Trukikaitis_Postimees, lk 14
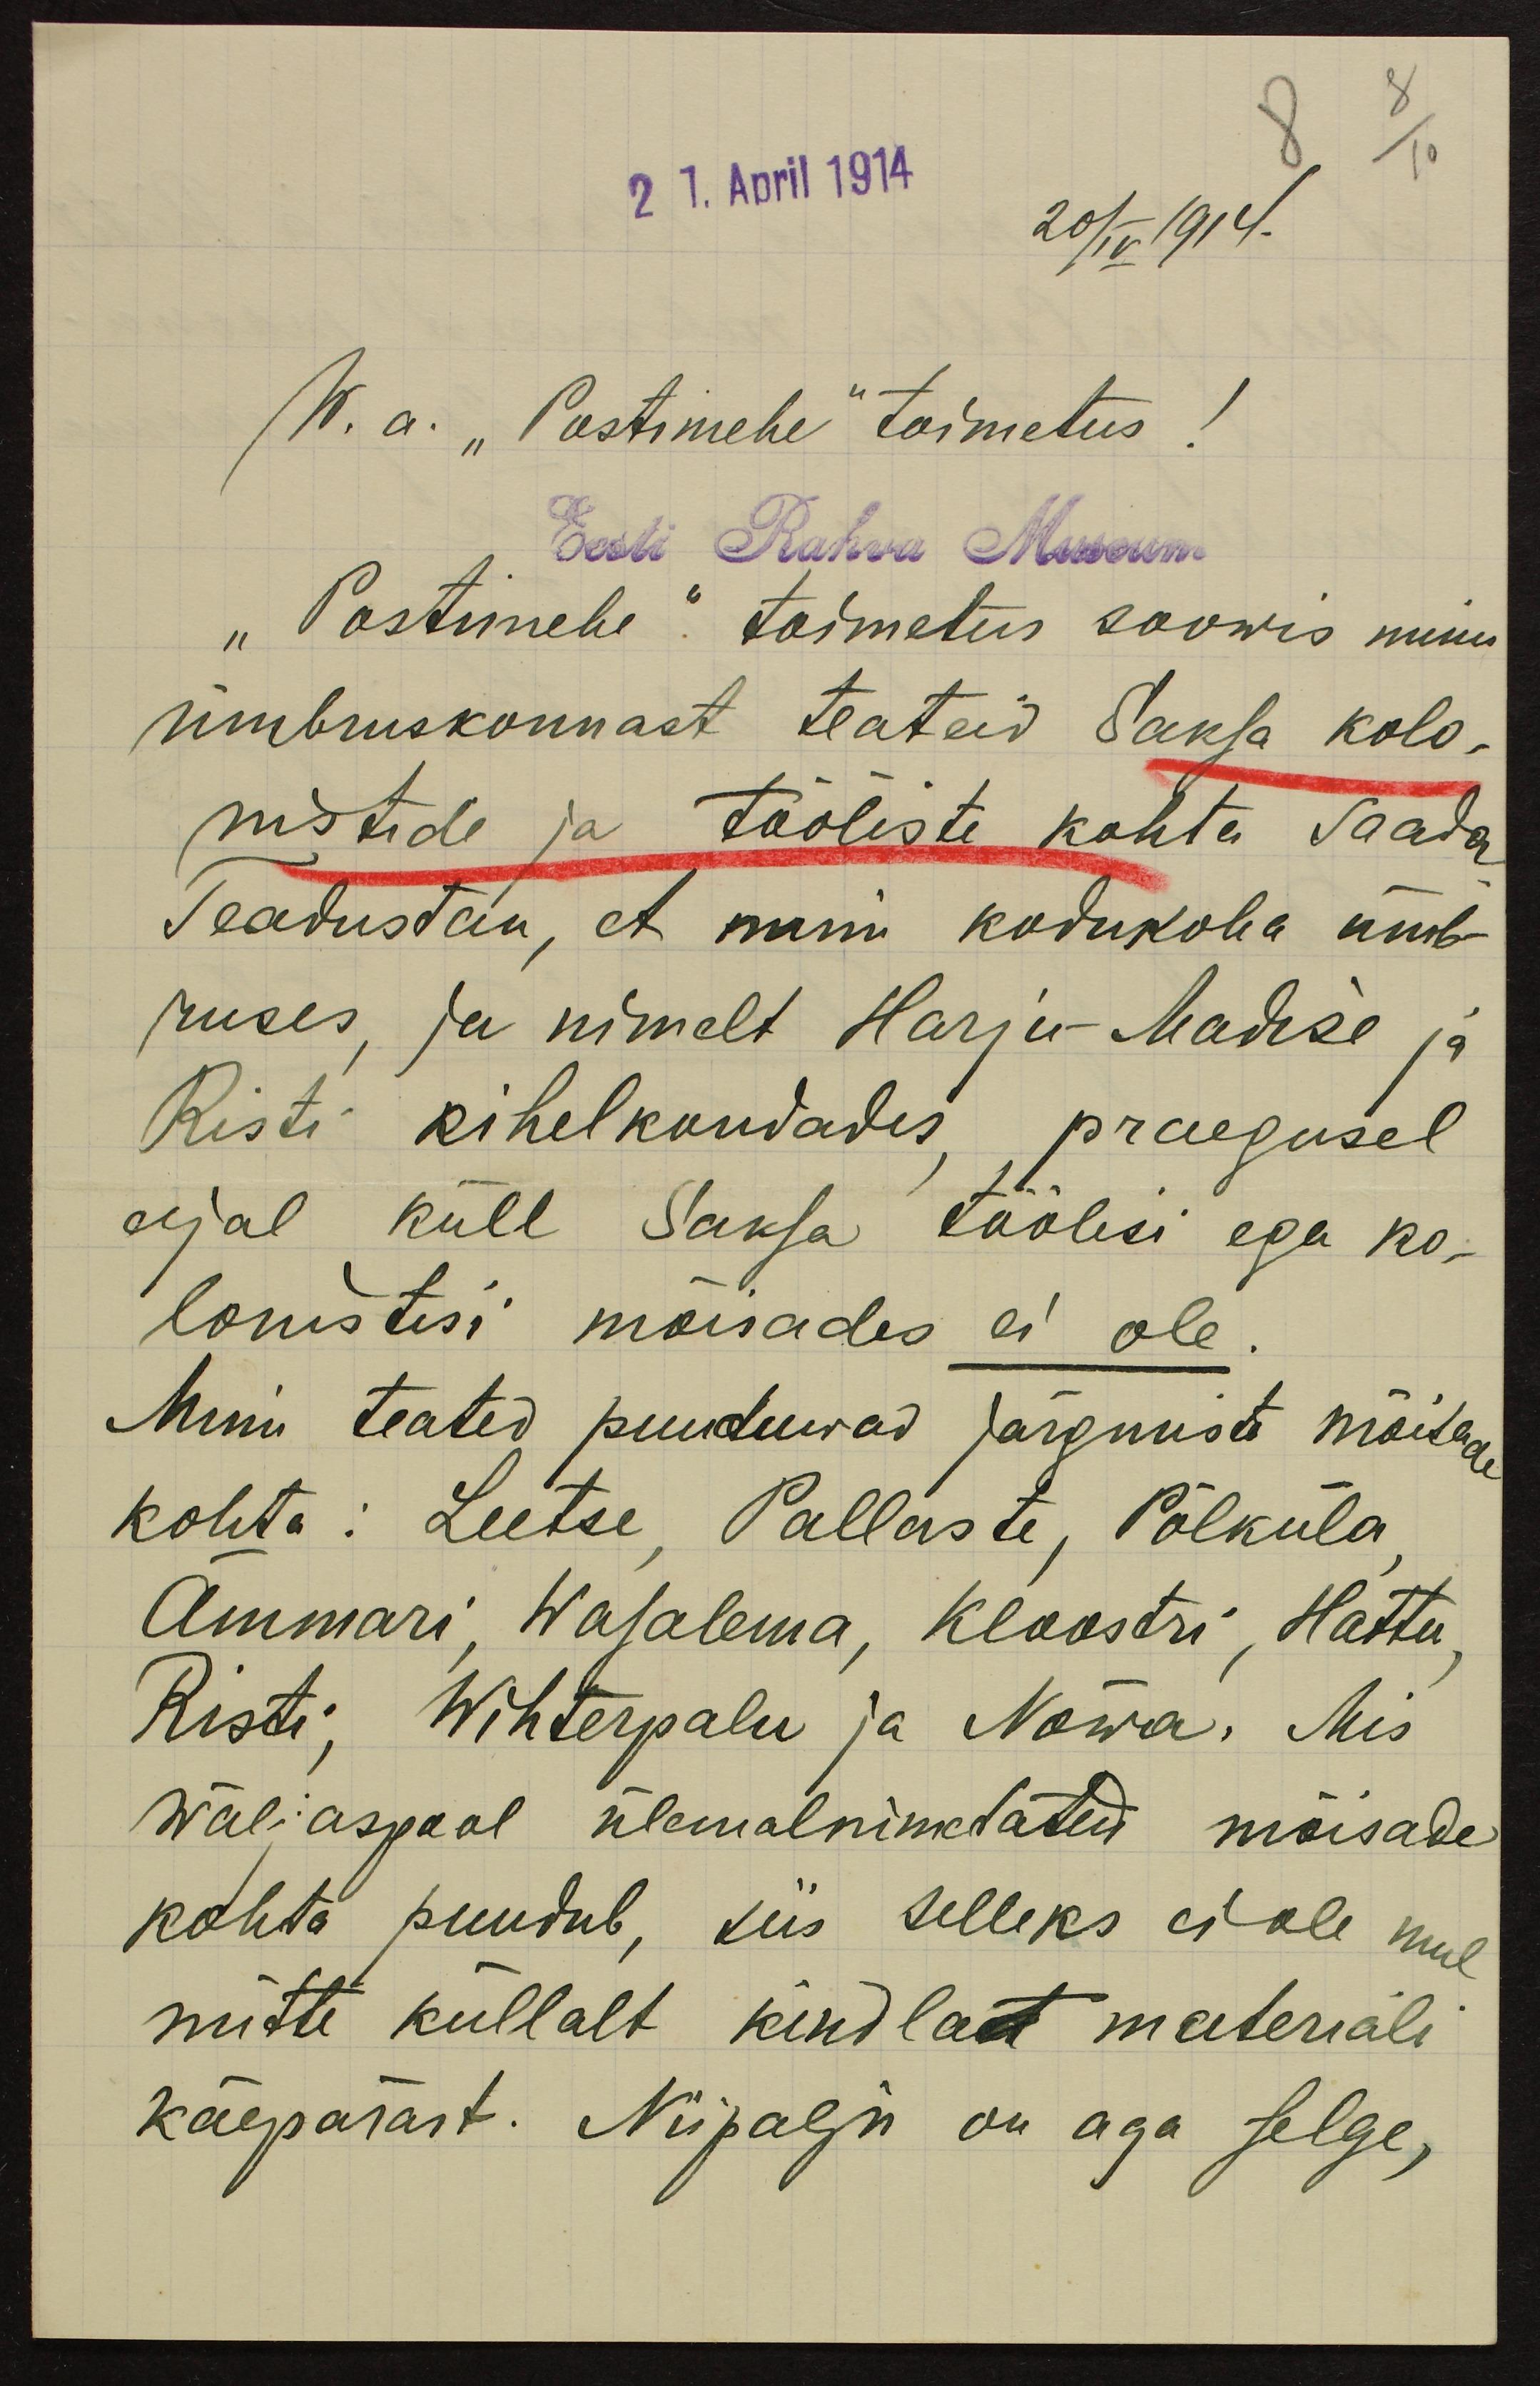
21. April 1914
20/IV 1914.
W. a. "Postimehe" toimetus!
Eest Rahva Museum
"Postimehe" toimetus soowis minu
ümbruskonnast teateid Saksa kolo-
nistide ja tööliste kohta saada
Teadustan, et minu kodukoha ümb-
ruses, ja nimelt Harju-Madise ja
Risti kihelkondades praegusel
ajal küll Saksa töölisi ega ko-
lonistisi mõisades ei ole.
Minu teated puuduwad järgmiste mõisade
kohta: Leetse, Pallaste, Põlküla
Ämmari, Wasalema, Kloostri, Hattu
Risti, Wihterpalu ja Nõwa. Mis
wäljaspool ülemalnimetatud mõisade
kohta puudub, siis selleks ei ole mul
mitte küllalt kindlat materiali
käepärast. Niipalju on aga selge,